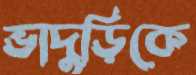
ভাদুড়িকে